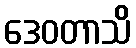
ဒေဝတာသိ